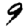
Digit: 9